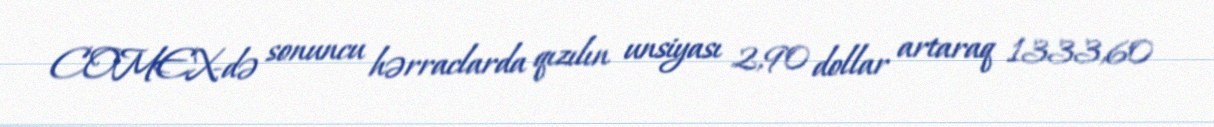
COMEX-də sonuncu hərraclarda qızılın unsiyası 2,90 dollar artaraq 1333,60